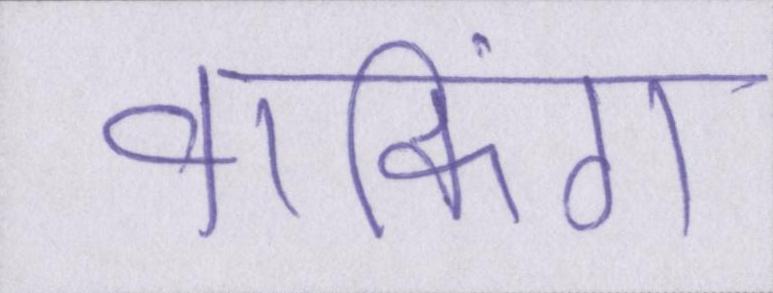
वाकिंग